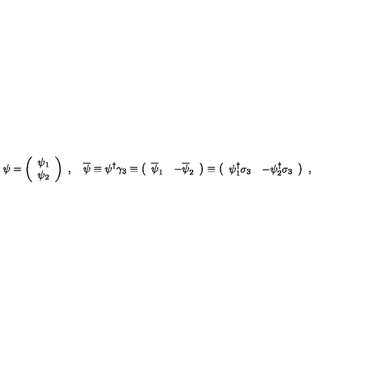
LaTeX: \psi = \left( \begin{array} { c } { \psi _ { 1 } } \\ { \psi _ { 2 } } \\ \end{array} \right) \ , \quad \overline { \psi } \equiv \psi ^ { \dag } \gamma _ { 3 } \equiv \left( \begin{array} { c c } { \overline { \psi } _ { 1 } } & { - \overline { \psi } _ { 2 } } \\ \end{array} \right) \equiv \left( \begin{array} { c c } { \psi _ { 1 } ^ { \dag } \sigma _ { 3 } } & { - \psi _ { 2 } ^ { \dag } \sigma _ { 3 } } \\ \end{array} \right) \ ,